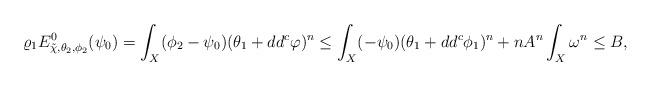
LaTeX: \begin{align*}\varrho_1 E^0_{\tilde{\chi}, \theta_2, \phi_2}(\psi_0)= \int_X(\phi_2-\psi_0)(\theta_1+dd^c\varphi)^n\leq\int_X(-\psi_0)(\theta_1+dd^c\phi_1)^n+nA^n\int_X\omega^n\leq B,\end{align*}